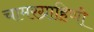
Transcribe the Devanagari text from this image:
चामरग्राहिणी